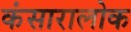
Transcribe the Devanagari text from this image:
कंसारालोक